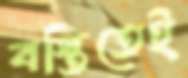
বস্তিতেই